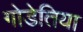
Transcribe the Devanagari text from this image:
गोडेतिया